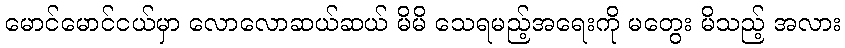
မောင်မောင်ငယ်မှာ လောလောဆယ်ဆယ် မိမိ သေရမည့်အရေးကို မတွေး မိသည့် အလား